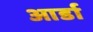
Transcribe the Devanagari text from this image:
आर्डा